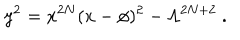
LaTeX: y ^ { 2 } = x ^ { 2 N } ( x - \phi ) ^ { 2 } - \Lambda ^ { 2 N + 2 } \ .